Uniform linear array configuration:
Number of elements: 16
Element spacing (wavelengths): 1
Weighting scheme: cosine
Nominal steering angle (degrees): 15
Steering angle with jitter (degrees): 16.037
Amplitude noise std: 0.05
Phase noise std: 0.05

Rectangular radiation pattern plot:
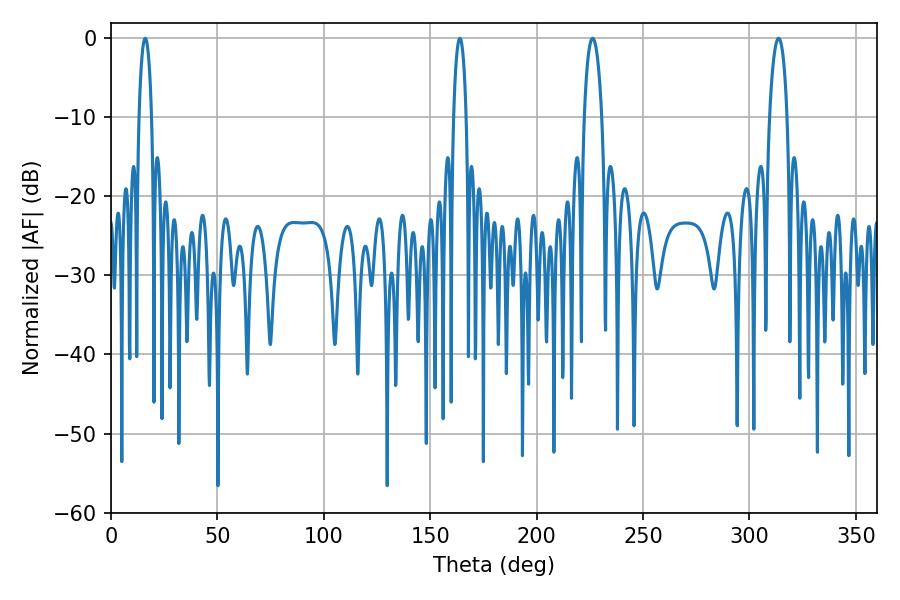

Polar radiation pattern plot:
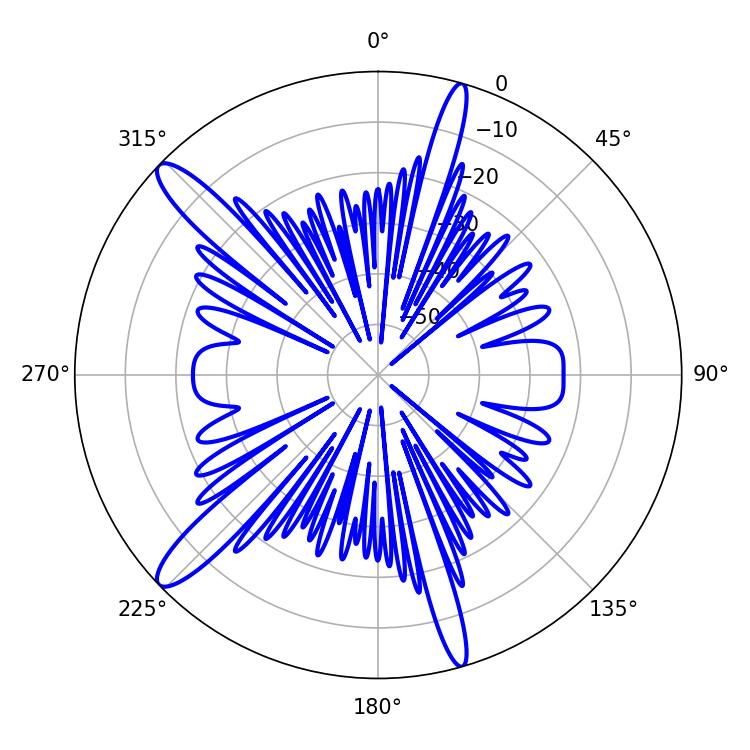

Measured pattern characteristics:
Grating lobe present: TRUE
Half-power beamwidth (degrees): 4.68
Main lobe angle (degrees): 226.26